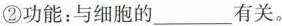
②功能：与细胞的___有关。